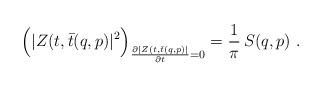
LaTeX: \begin{align*}\Bigl(|Z(t,\bar t (q,p) |^2 \Bigr)_{{\partial |Z(t,\bar t (q,p) | \over\partial t}=0} = {1\over \pi} \, S(q,p) \ .\end{align*}